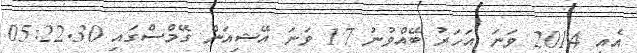
އެއީ 2014 ވަނަ އަހަރު ބޭއްވުނު 17 ވަނަ އޭޝިއަން ގޭމްސްގައި 05:22.30